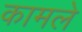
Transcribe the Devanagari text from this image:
कामले